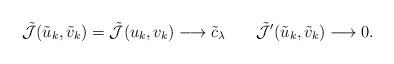
\begin{align*}\tilde{\mathcal{J}}(\tilde{u}_{k}, \tilde{v}_{k}) = \tilde{\mathcal{J}}(u_{k}, v_{k}) \longrightarrow \tilde{c}_{\lambda} \,\,\,\,\,\, \,\,\,\,\, \tilde{\mathcal{J}}'(\tilde{u}_{k}, \tilde{v}_{k})\longrightarrow 0.\end{align*}